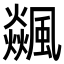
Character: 飊